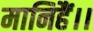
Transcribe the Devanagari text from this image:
मानिहैं।।